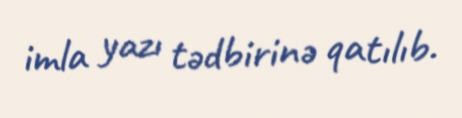
imla yazı tədbirinə qatılıb.